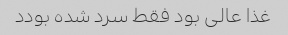
غذا عالی بود فقط سرد شده بودد